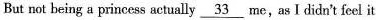
But not being a princess sexually \underline{33} me, as I didn't feel it